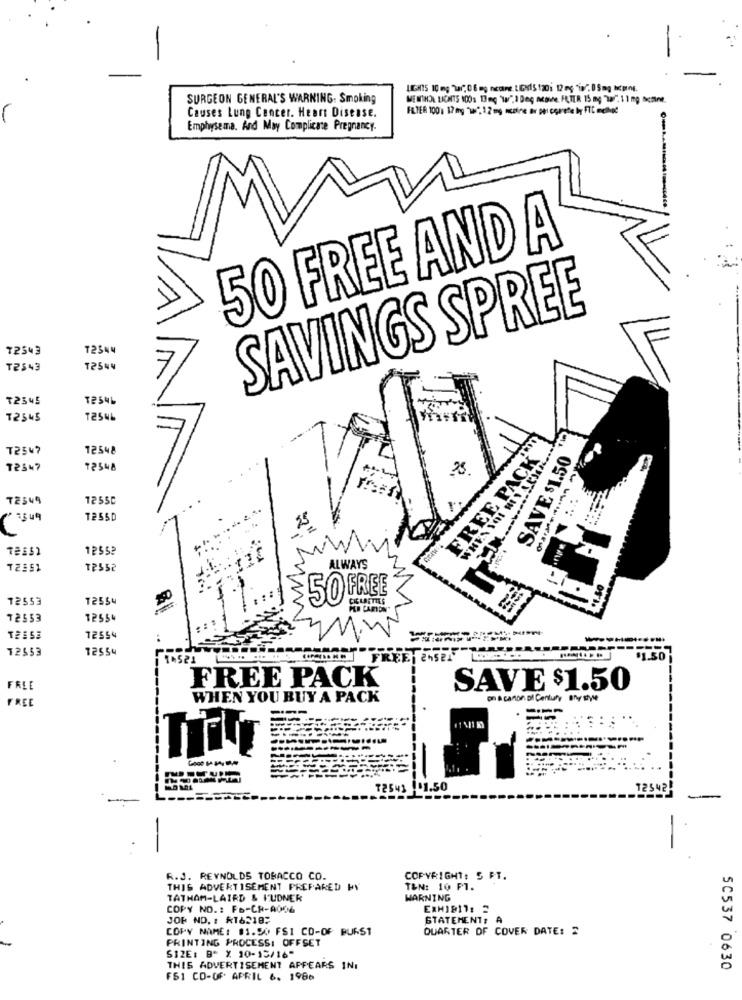
SURGEON GENERAL'S WARNING: Smoking
MENTHOL LICHTS 100s Bog "w", I Deg Acave, FETTR 15 mg 287. 1 1 mg Schine
Causes Lung Cancer. Heart Disease.
Emphysema. And May Complicate Pregnancy-
50 FREE AND A
SAVINGS SPREE
72543
72344
T2543
12544
₹2345
T254L
₸2545
=
T2547
12548
SAVE $1.50
FREE PACK
T2547
72548
25
72349
1255C
T255D
WH
1255ª
.....
T2552
ALWAYS
50 FREE
12553
12554
12553
12550
T2553
72554
12553
12554
1.521
FREE PACK
FREE
SAVE $1.50
FREE
WHEN YOU BUY A PACK
on a canon pl Century Bny Eyle
-----
1.50
72342
R.J. REYNOLDS TOBACCO CO.
COPYRIGHT: 5 PT.
THIS ADVERTISEMENT PREPARED WY
T&N: 10 FT.
TATHAM-LAIRD & IUDNER
WARNING
COPY NO .: FB-CH-A006
JOR ND. : R16218:
STATEMENT, A
COPY NAME: 81.50 FSI CO-OF BURST
QUARTER OF COVER DATE: 2
PRINTING PROCESS: OFFSET
S12E: B" X 10-15/16"
THIS ADVERTISEMENT APPEARS IN.
50537 0630
FS1 CO-OF. APRIL 6. 1986